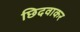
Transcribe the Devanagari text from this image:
छिदवाकर